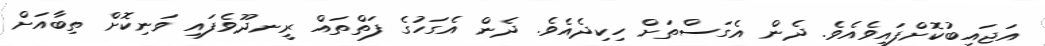
އަޖައިބުކޮށްފައިވެއެވެ. ދެން އެގަސްތަށް ހިކިދެއެވެ. ދެން އެގަހުގެ ފަތްތައް ރީނދޫވެފައި ވަނިކޮށް ތިބާއަށް